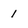
Character: 1